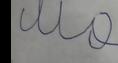
Signature authenticity: forged